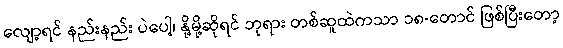
လျော့ရင် နည်းနည်း ပဲပေါ့၊ နို့မို့ဆိုရင် ဘုရား တစ်ဆူထဲကသာ ၁၈-တောင် ဖြစ်ပြီးတော့